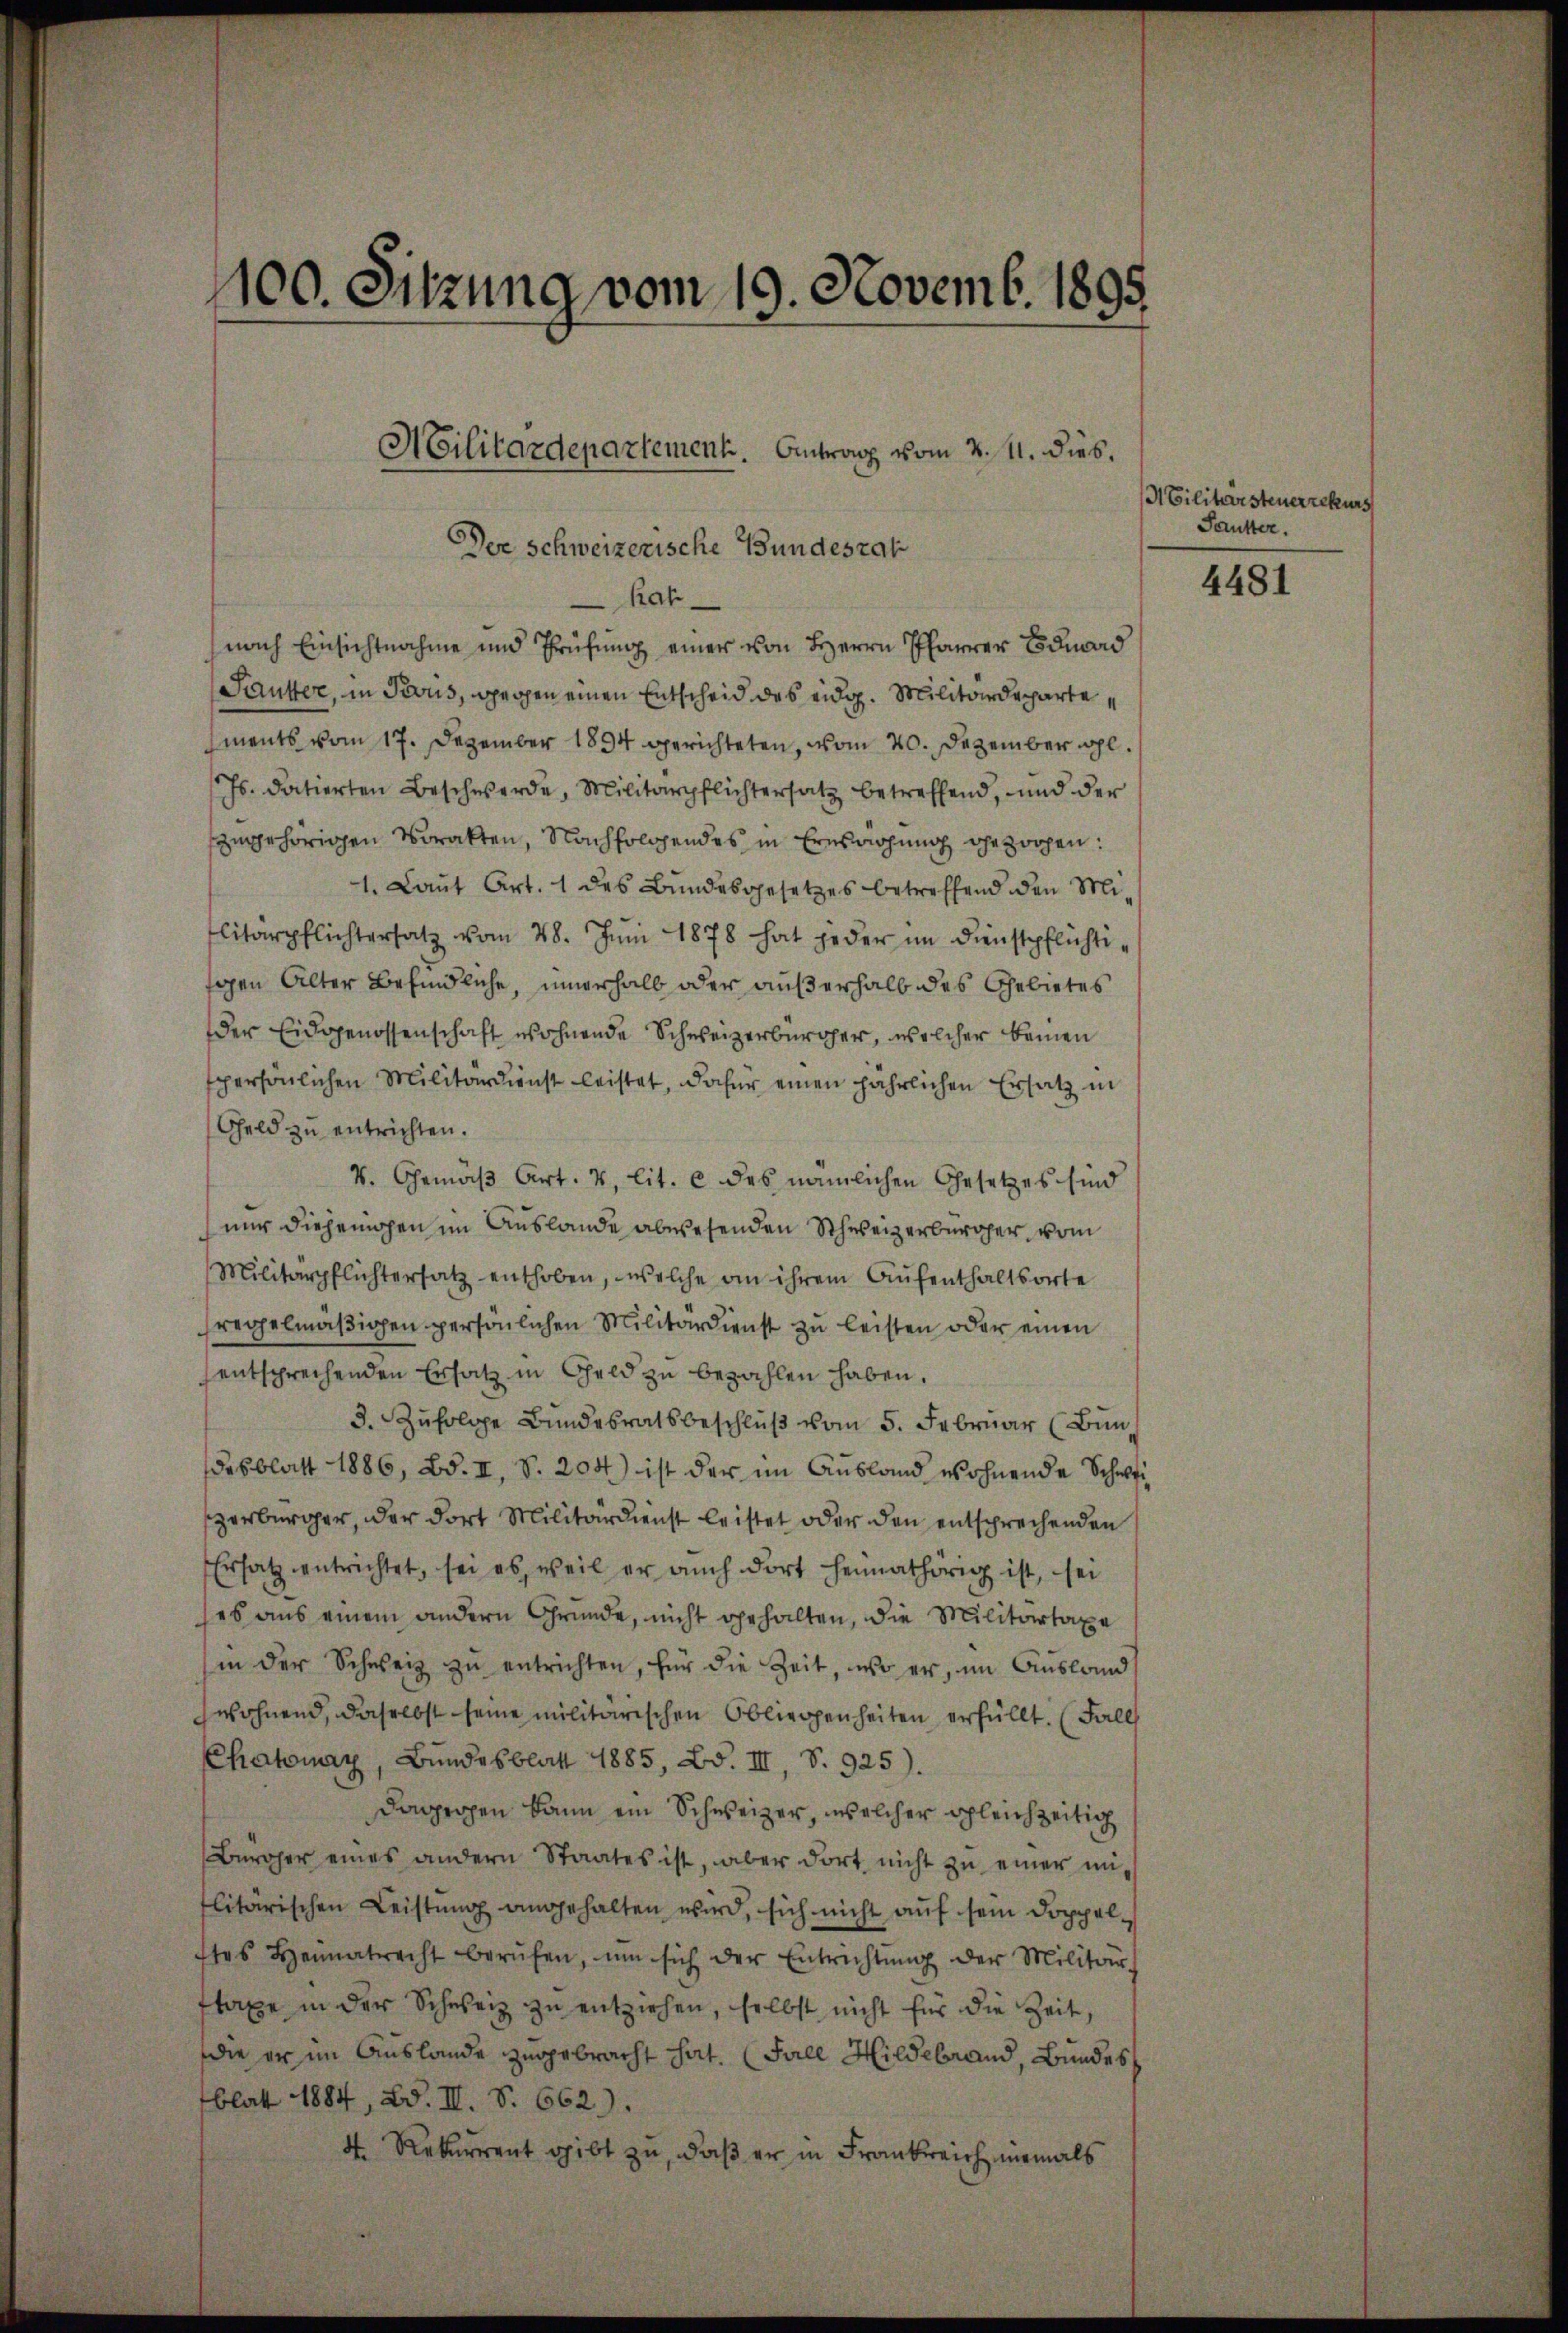
1100. Sitzung vom 19. Novemb. 1895

Der Schweizerische Bundesrat
Rak
nach Einsichtnahme und Prüfung einer von Herrn Pfarrer Eduard
Sautter, in Trous, wegen einen Entscheid des eidg. Militärdepartements vom 17. Dezember 1894 gerichteten, vom 20. Dezember wohl.
Js. datierten Beschwerde, Militärpflichtersatz betreffend, und der
szugehörigen Vorakten, Nachfolgendes in Ernsrichung gezogen:
1. Laŭt Art. 1 des Bundesgesetzes betreffend den Mi-
litärpflichtersatz vom 28. Jŭni 1878 hat jeder im Dienstpflichtigen Alter Befindliche, innerhalb oder außerhalb des Gebietes
der Eidgenossenschaft wohnende Schweizerbürger, welcher keinen
spersönlichen Militärdienst leistet, dafür einen jährlichen Ersatz in
Geld zu entrichten.
V. Gemäß Art. 4, lit. c des nämlichen Gesetzes sind
nur diejenigen im Auslande abwesenden Schweizerbürger, vom
Militärpflichtersatz enthoben, welche an ihrem Aufenthaltsorte
fregelmäβigen persönlichen Militärdienst zu leisten oder einen
entsprechenden Ersatz in Geld zu bezahlen haben.
3. Zufolge Bundesratsbeschluß vom 5. Februar (Bun
desblatt 1886, Bd. II, S. 204) ist der im Ausland wohnende Schwei
zerbürger, der dort Militärdienst leistet oder den entsprechenden
Ersatz entrichtet, sei es, weil er auch dort heimathörig ist, sei
es aus einem andern Gründe, nicht gehalten, die Militärtaxe
in der Schweiz zu entrichten, für die Zeit, wo er, im Ausland
wohnend, daselbst seine militärischen Obliegenheiten erfüllt. (Fall
Chatonay, Bundesblatt 1885, Bd. III, S. 925).
Dapropen kann ein Schweizer, welcher gleichzeitig
Bürger eines andern Staates ist, aber dort nicht zu einer unlitarischen Leistung angehalten wird, sich nicht auf sein Doppelftes Heimatsrecht berŭfen, ŭm sich der Entrichtŭng der Militär-
ftaxe in der Schweiz zu entziehen, selbst nicht für die Zeit,
die er im Auslande zugebracht hat. (Fall Hildebrand, Bundes
blatt 1884, Bd. III. S. 662.).
4. Rekurrent gibt zu, daß er in Frankreich niemals

Militärdepartement. Antrag vom 2. 11. dies

ACilitärsteuerrekurs
Pautter.

4481